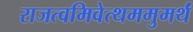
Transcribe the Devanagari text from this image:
राजत्वमिवेत्थममुमर्थं